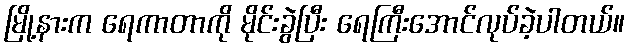
မြို့နားက ရေကာတာကို မိုင်းခွဲပြီး ရေကြီးအောင်လုပ်ခဲ့ပါတယ်။